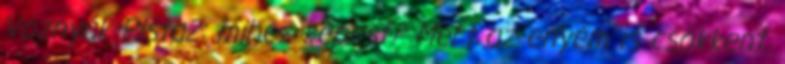
Voznyák Pista2: mihez képest? Mert az enyém is csökkent,